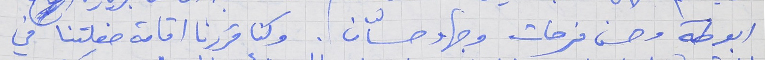
ابو طه وحسن فرحات وجهاد حسّان . وكنا قررنا اقامة حفلتنا في